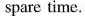
spare time.